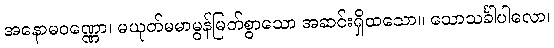
အနောမဝဏ္ဏော၊ မယုတ်မမာမွန်မြတ်စွာသော အဆင်းရှိထသော။ သောသင်္ခါပါလော၊